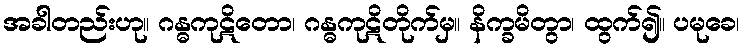
အခါတည်းဟု။ ဂန္ဓကုဋိတော၊ ဂန္ဓကုဋိတိုက်မှ။ နိက္ခမိတွာ၊ ထွက်၍။ ပမုခေ၊